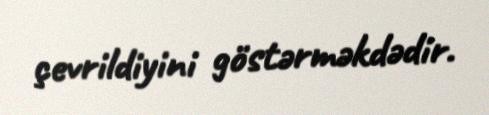
çevrildiyini göstərməkdədir.